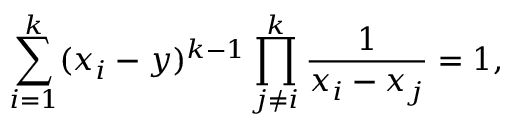
\sum _ { i = 1 } ^ { k } ( x _ { i } - y ) ^ { k - 1 } \prod _ { j \ne i } ^ { k } \frac { 1 } { x _ { i } - x _ { j } } = 1 ,